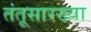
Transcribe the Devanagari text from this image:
तंतूसारख्या